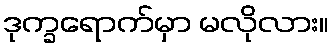
ဒုက္ခရောက်မှာ မလိုလား။